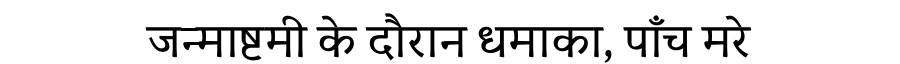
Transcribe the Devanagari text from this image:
जन्माष्टमी के दौरान धमाका, पाँच मरे